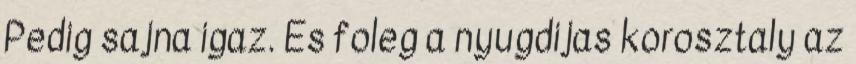
Pedig sajna igaz. Es foleg a nyugdijas korosztaly az